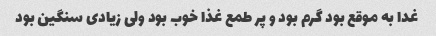
غدا به موقع بود گرم بود و پر طمع غذا خوب بود ولی زیادی سنگین بود